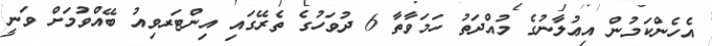
އެހެންކަމުން އިޢުލާނުގެ މުއްދަތު ހަމަވާތާ 6 ދުވަހުގެ ތެރޭގައި އިންޓަރވިއު ބޭއްވުމަށް ވަނީ